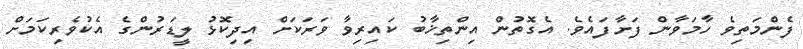
ފެންމަތިވެ ހާމަވާން ފަށާފައެވެ. އެގޮތުން އިންތިޚާބު ކައިރިވާ ވަރަކަށް އިދިކޮޅު ލީޑަރުންގެ އެކުވެރިކަމަށް